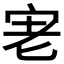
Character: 𭓮